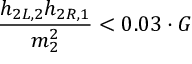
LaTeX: \frac { h _ { 2 L , 2 } h _ { 2 R , 1 } } { m _ { 2 } ^ { 2 } } < 0 . 0 3 \cdot G